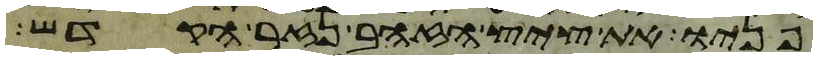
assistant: פניו את ציץ הזהב נזר הקדש